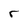
Character: r